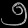
Digit: ၅